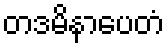
တဒမိနာပေတံ